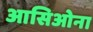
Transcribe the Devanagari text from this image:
आसिओना